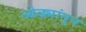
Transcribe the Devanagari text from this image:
ओढ्यांतून